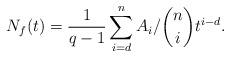
LaTeX: \begin{align*}N_f(t)=\frac{1}{q-1}\sum_{i=d}^{n} A_i/\binom{n}{i}t^{i-d}. \end{align*}